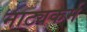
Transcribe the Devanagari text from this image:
नाट्यकर्म